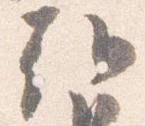
朝